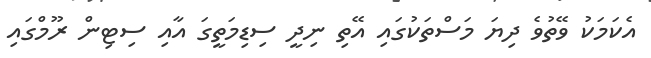
އެކަމަކު ވޭތުވެ ދިޔަ މަސްތަކުގައި އޭތި ނިދީ ސިޑިމަތީގަ އާއި ސިޓިން ރޫމްގައި